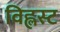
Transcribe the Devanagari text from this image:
विह्लस्ट